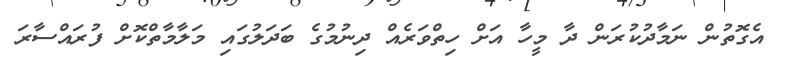
އެގޮތުން ނަމާދުކުރަން ދާ މީހާ އަށް ހިތްވަރެއް ދިނުމުގެ ބަދަލުގައި މަލާމާތްކޮށް ފުރައްސާރަ